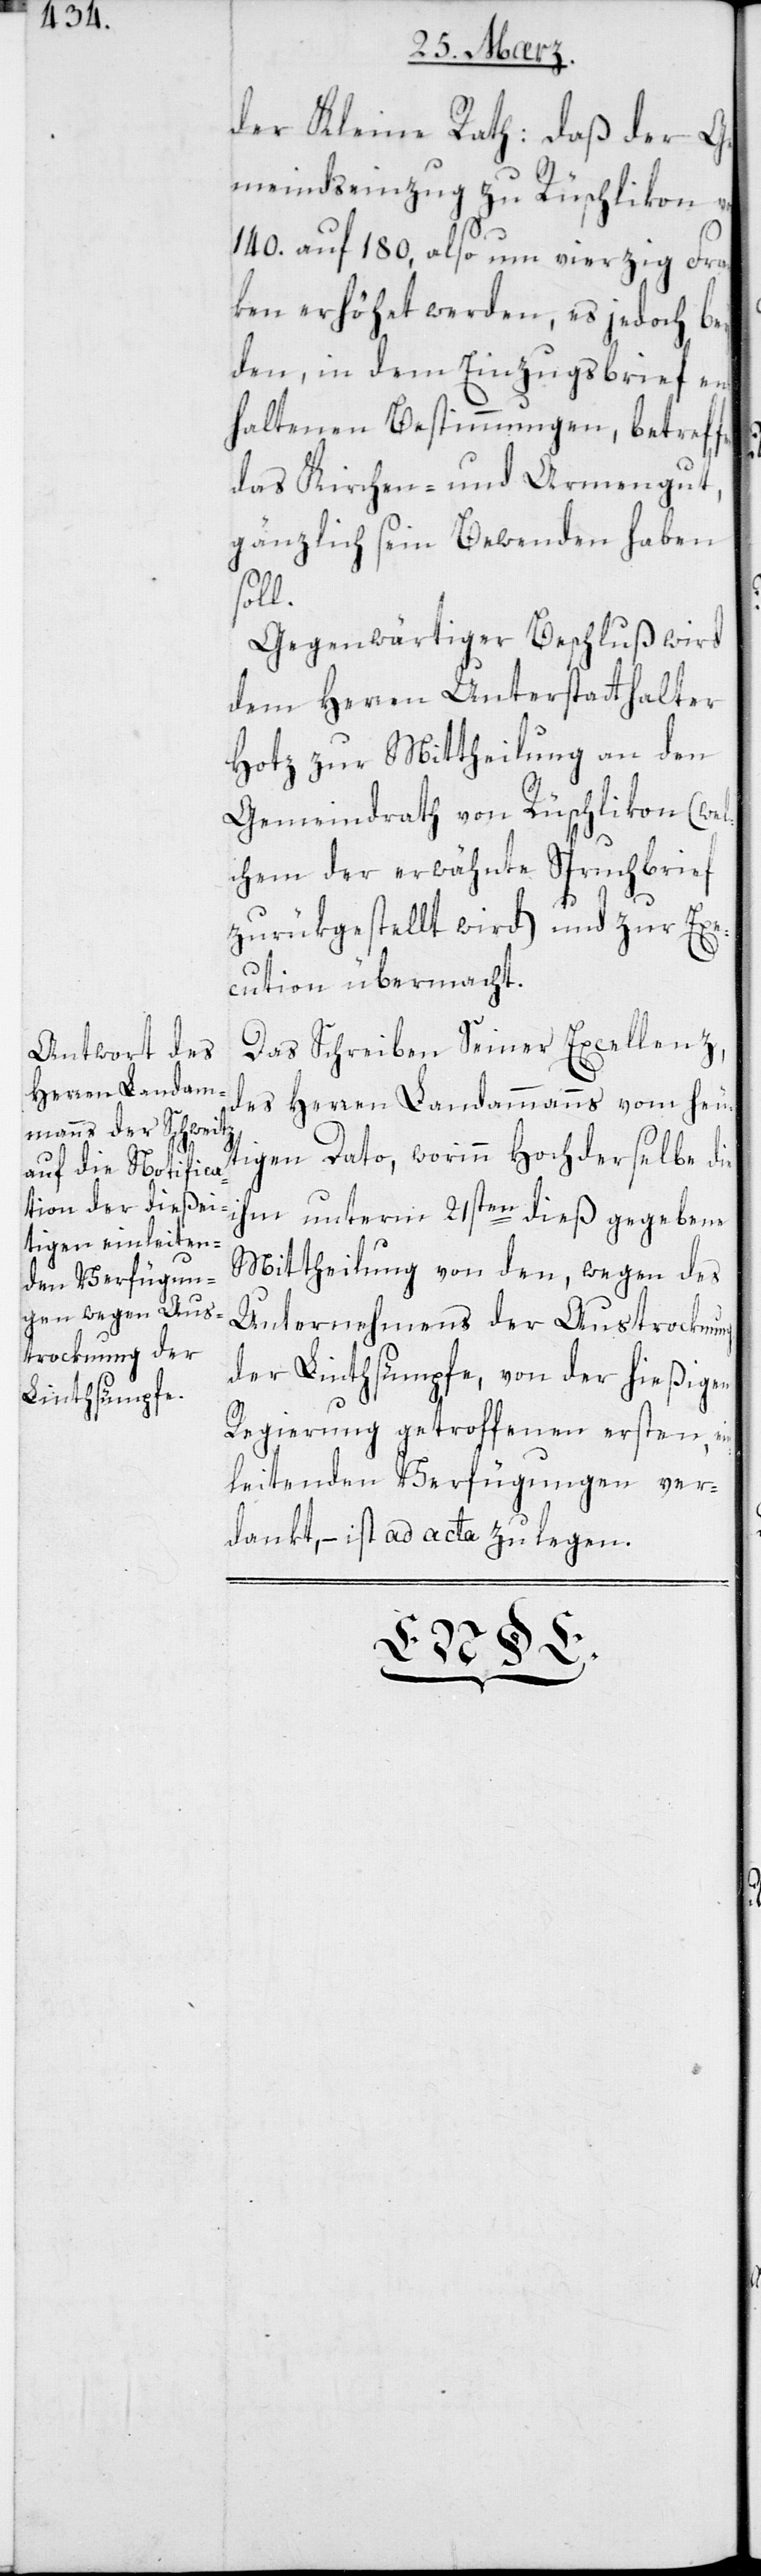
der Kleine Rath, daß der G¬
emeindseinzug zu Rüschlikon von
140. auf 180., also um vierzig Fran¬
ken erhöhet werden, es jedoch bey
den, in dem Einzugsbrief ent¬
haltenen Bestimmungen, betreff¬
das Kirchen- und Armengut,
gänzlich sein Bewenden haben
soll.
Gegenwärtiger Beschluß wird
dem Herren Unterstatthalter
Hotz zur Mittheilung an den
Gemeindrath von Rüschlikon (wel¬
chem der erwähnte Spruchbrief
zurükgestellt wird) und zur Exe¬
cution übermacht.
Das Schreiben Seiner Excellenz
des Herren Landammanns vom heu¬
tigen Dato, worinn Hochderselbe die
ihm unterm 21sten dieß gegebene
Mittheilung von den, wegen des
Unternehmens der Austrokung
der Linthsümpfe, von der hießigen
Regierung getroffenen ersten, ein¬
leitenden Verfügungen ver¬
dankt, – ist ad acta zu legen.
end